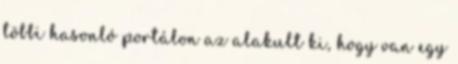
többi hasonló portálon az alakult ki, hogy van egy